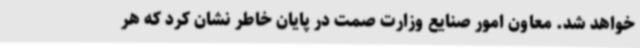
خواهد شد. معاون امور صنایع وزارت صمت در پایان خاطر نشان کرد که هر